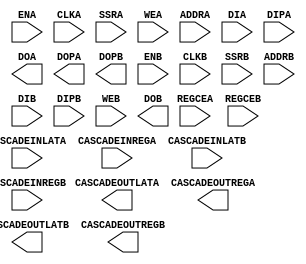
(* blackbox *)
module RAMB36 #(
    parameter integer READ_WIDTH_A = 0,
    parameter integer READ_WIDTH_B = 0,
    parameter SIM_COLLISION_CHECK = "ALL",
    parameter WRITE_MODE_A = "WRITE_FIRST",
    parameter WRITE_MODE_B = "WRITE_FIRST",
    parameter integer WRITE_WIDTH_A = 0,
    parameter integer WRITE_WIDTH_B = 0
) (
    input         ENA, CLKA, SSRA, CASCADEINLATA, CASCADEINREGA, REGCEA,
    input  [3:0]  WEA,
    input  [15:0] ADDRA,
    input  [31:0] DIA,
    input  [3:0]  DIPA,
    output [31:0] DOA,
    output [3:0]  DOPA,
    output [3:0]  DOPB,
    input         ENB, CLKB, SSRB, CASCADEINLATB, CASCADEINREGB, REGCEB,
    input  [15:0] ADDRB,
    input  [31:0] DIB,
    input  [3:0]  DIPB,
    input  [3:0]  WEB,
    output [31:0] DOB,
    output        CASCADEOUTLATA, CASCADEOUTREGA,
    output        CASCADEOUTLATB, CASCADEOUTREGB
);
endmodule